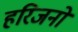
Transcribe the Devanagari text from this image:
हरिजनो